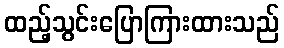
ထည့်သွင်းပြောကြားထားသည်